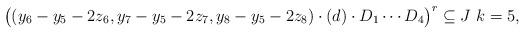
LaTeX: \begin{align*} \bigl((y_6 - y_5 - 2 z_6,y_7 - y_5 - 2 z_7,y_8 - y_5 - 2 z_8)\cdot (d) \cdot D_1 \cdots D_4\bigr)^r \subseteq J \ k = 5, \end{align*}